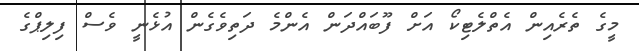
މީގެ ތެރެއިން އެތްލެޓިކޯ އަށް ފޫބައްދަން އެންމެ ދަތިވެގެން އުޅެނީ ވެސް ފިލިޕްގެ